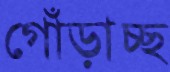
গোঁড়াচ্ছ